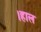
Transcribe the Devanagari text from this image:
।हाल